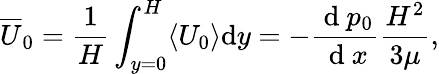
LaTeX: \overline{{U}}_{0}=\frac{1}{H}\int_{y=0}^{H}\langle U_{0}\rangle\mathrm{d}y=-\frac{\mathrm{~d~}p_{0}}{\mathrm{~d~}x}\frac{H^{2}}{3\mu},